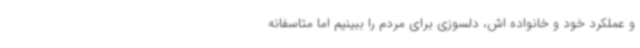
و عملکرد خود و خانواده اش، دلسوزی برای مردم را ببینیم اما متاسفانه